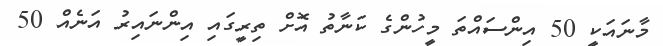
މާނައަކީ 50 އިންސައްތަ މީހުންގެ ކަނާތު އޮށް ތިރީގައި އިންނައިރު އަނެއް 50